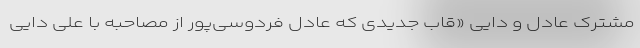
مشترک عادل و دایی «قاب جدیدی که عادل فردوسی‌پور از مصاحبه با علی دایی